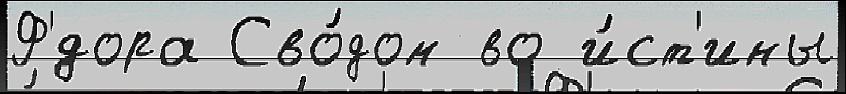
Ф'́дора Сво́дом во и́ст'ины